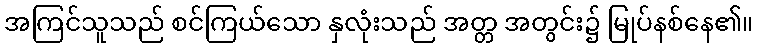
အကြင်သူသည် စင်ကြယ်သော နှလုံးသည် အတ္တ အတွင်း၌ မြုပ်နစ်နေ၏။